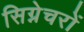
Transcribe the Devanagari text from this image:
सिग्नेचरों